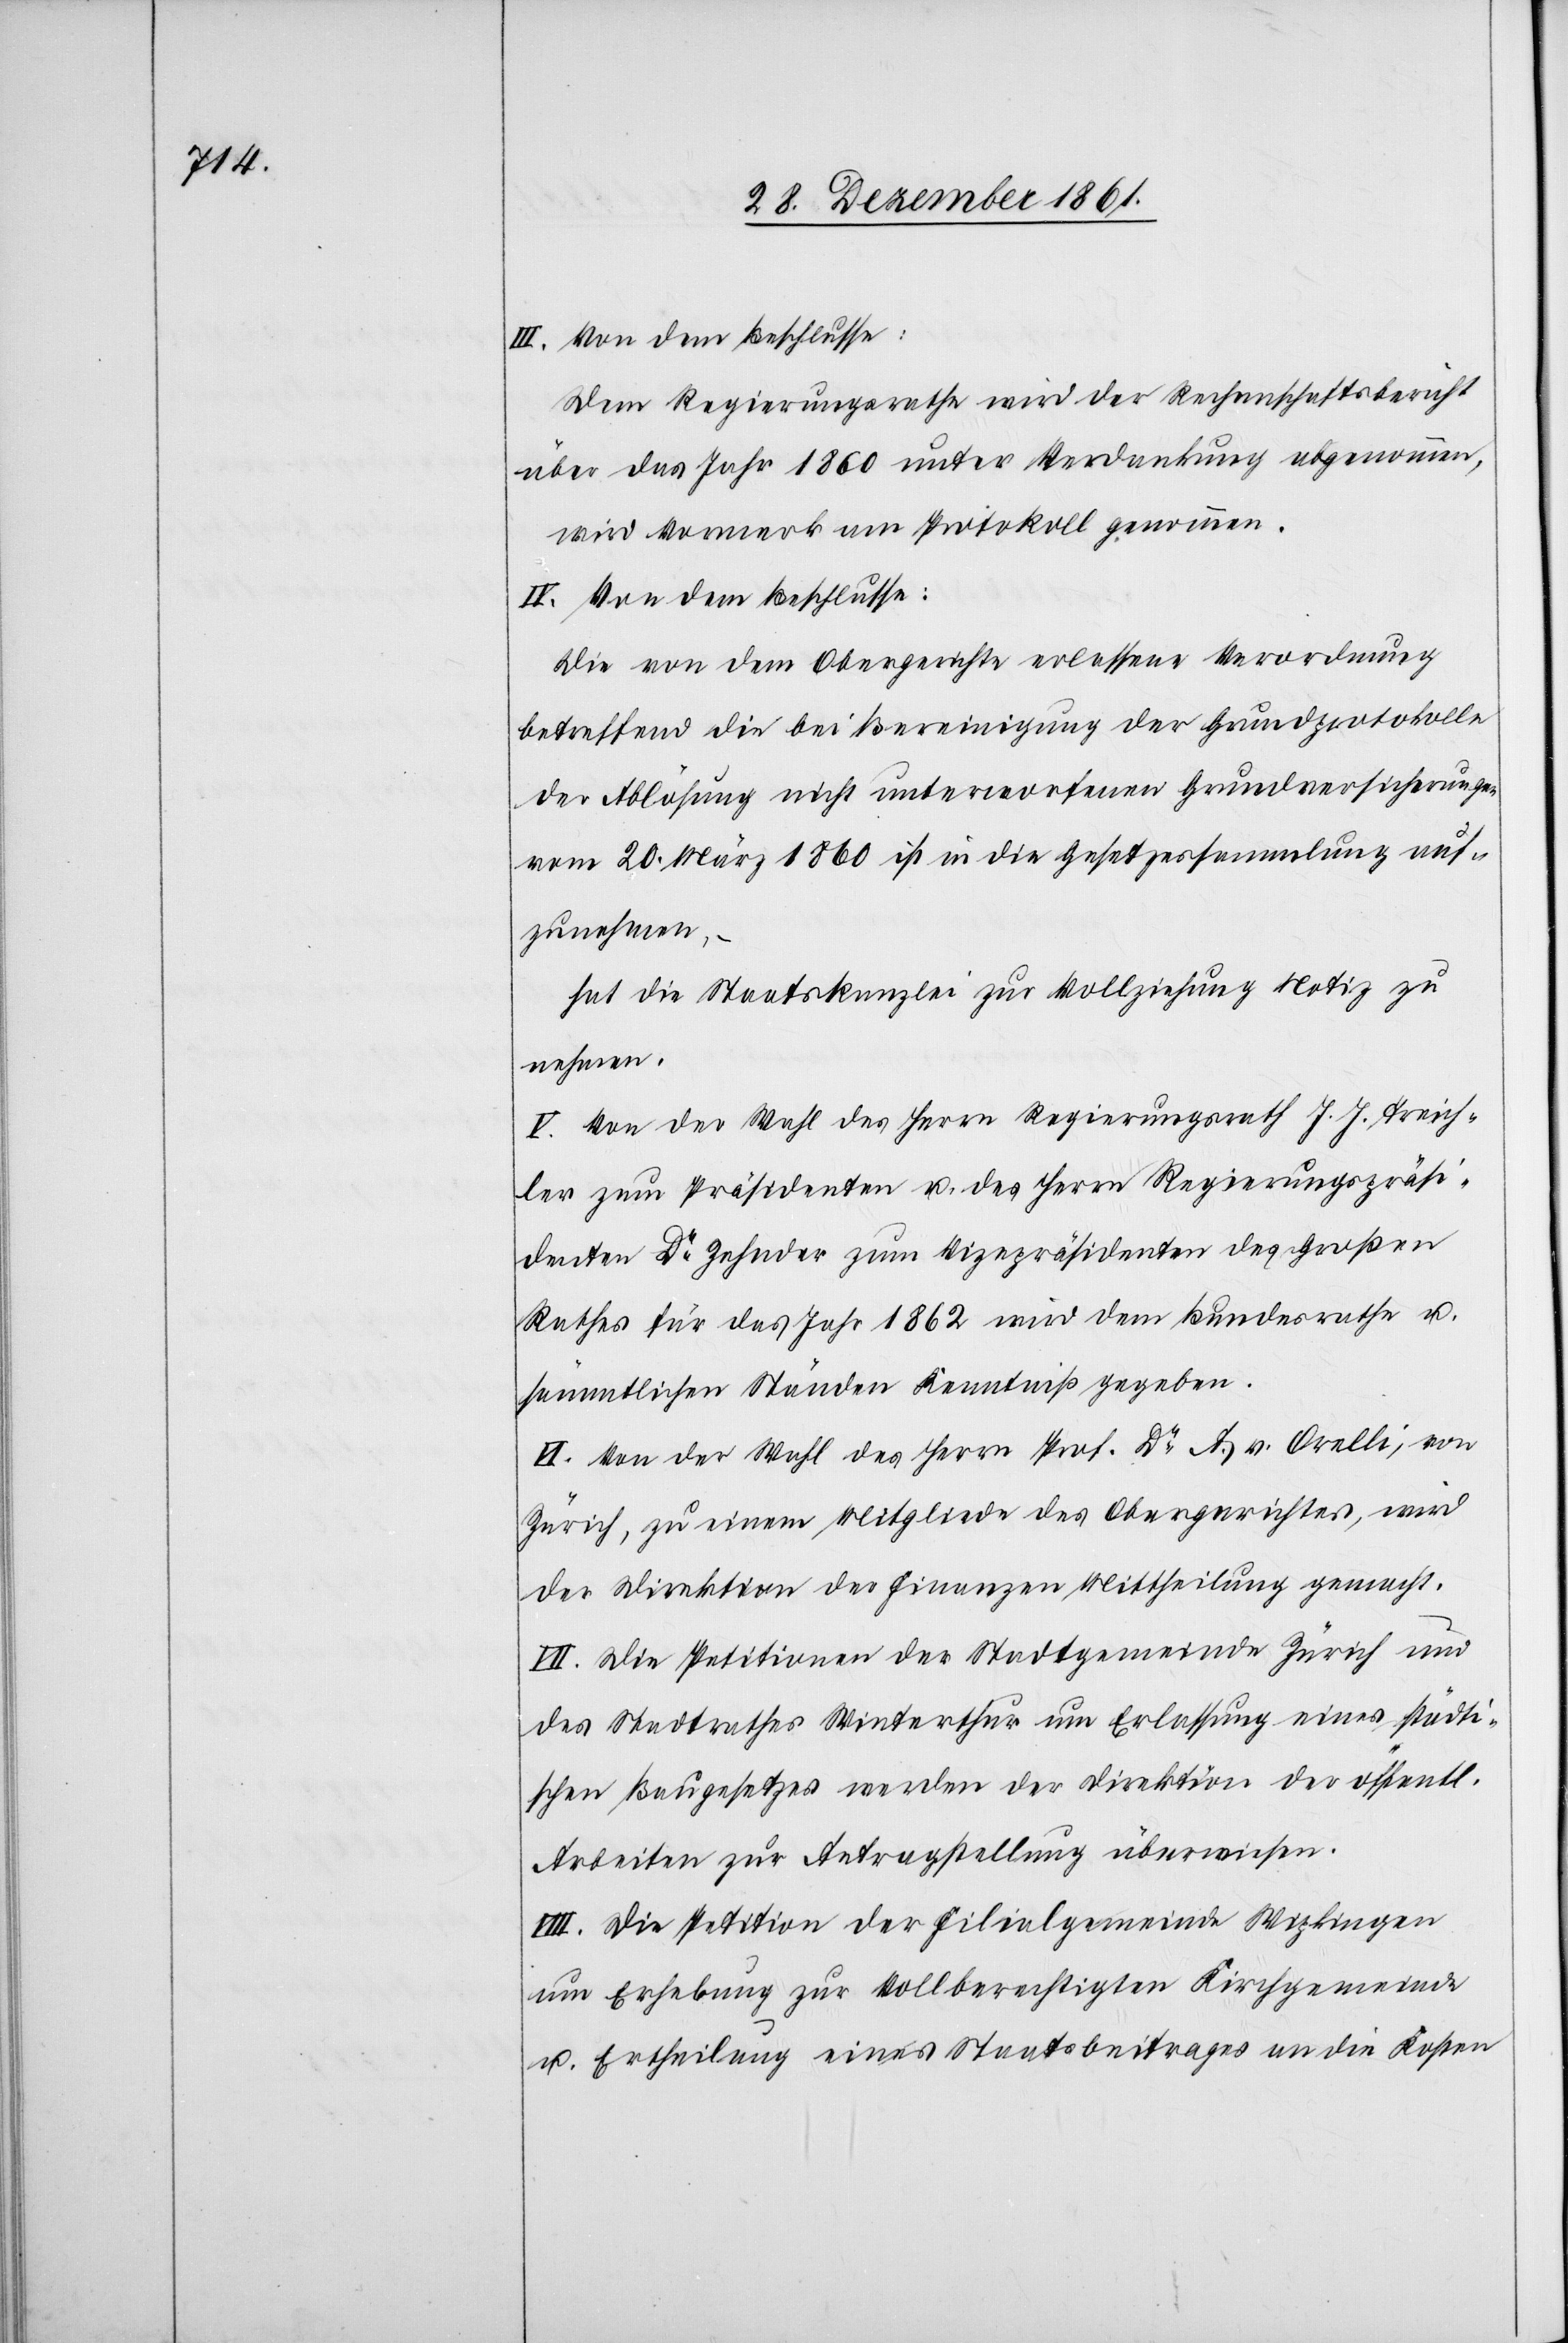
IV. Von dem Beschlusse:
Dem Regierungsrathe wird der Rechenschaftsbericht
über das Jahr 1860 unter Verdankung abgenommen,
wird Vormerk am Protokoll genommen.
Die von dem Obergerichte erlassene Verordnung
betreffend die bei Bereinigung der Grundprotokolle
der Ablöhnung nicht unterworfenen Grundversicherungen
vom 20 März 1860 ist in die Gesetzessammlung auf¬
zunehmen,
–
hat die Staatskanzlei zur Vollziehung Notiz zu
nehmen.
V. Von der Wahl des Herrn Regierungsrath J. J. Treich¬
ler zum Präsidenten u. des Herrn Regierungspräsi¬
denten Dr Zehnder zum Vicepräsidenten des Großen
Rathes für das Jahr 1862 wird dem Bundesrathe u.
sämmtlichen Ständen Kenntniß gegeben.
VI. Von der Wahl des Herrn Prof. Dr A. v. Orelli, von
Zürich, zu einem Mitgliede des Obergerichtes, wird
der Direktion der Finanzen Mittheilung gemacht.
VII. Die Petitionen der Stadtgemeinde Zürich und
des Stadtrathes Winterthur um Erlassung eines städti¬
schen Baugesetzes werden der Direktion der öffentl.
Arbeiten zur Antragstellung überwiesen.
VIII. Die Petition der Filialgemeinde Wipkingen
um Erhebung zur vollberechtigten Kirchgemeinde
u. Ertheilung eines Staatsbeitrages an die Kosten